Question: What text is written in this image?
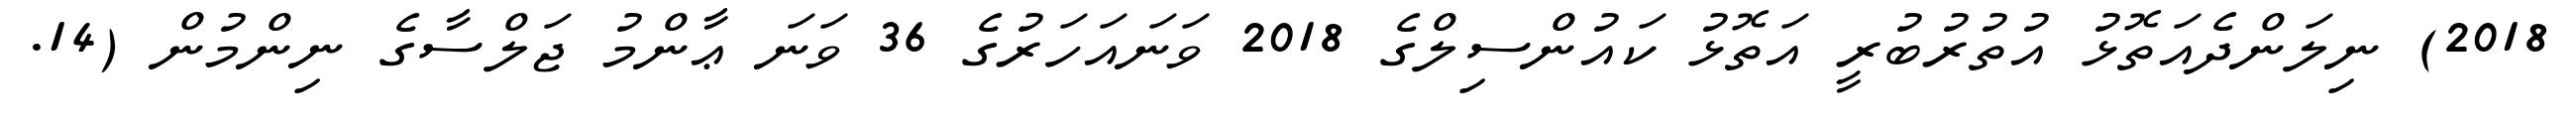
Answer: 2018) ނިލަންދެއަތޮޅު އުތުރުބުރީ އަތޮޅު ކައުންސިލްގެ 2018 ވަނައަހަރުގެ 36 ވަނަ ޢާންމު ޖަލްސާގެ ނިންމުން (14.